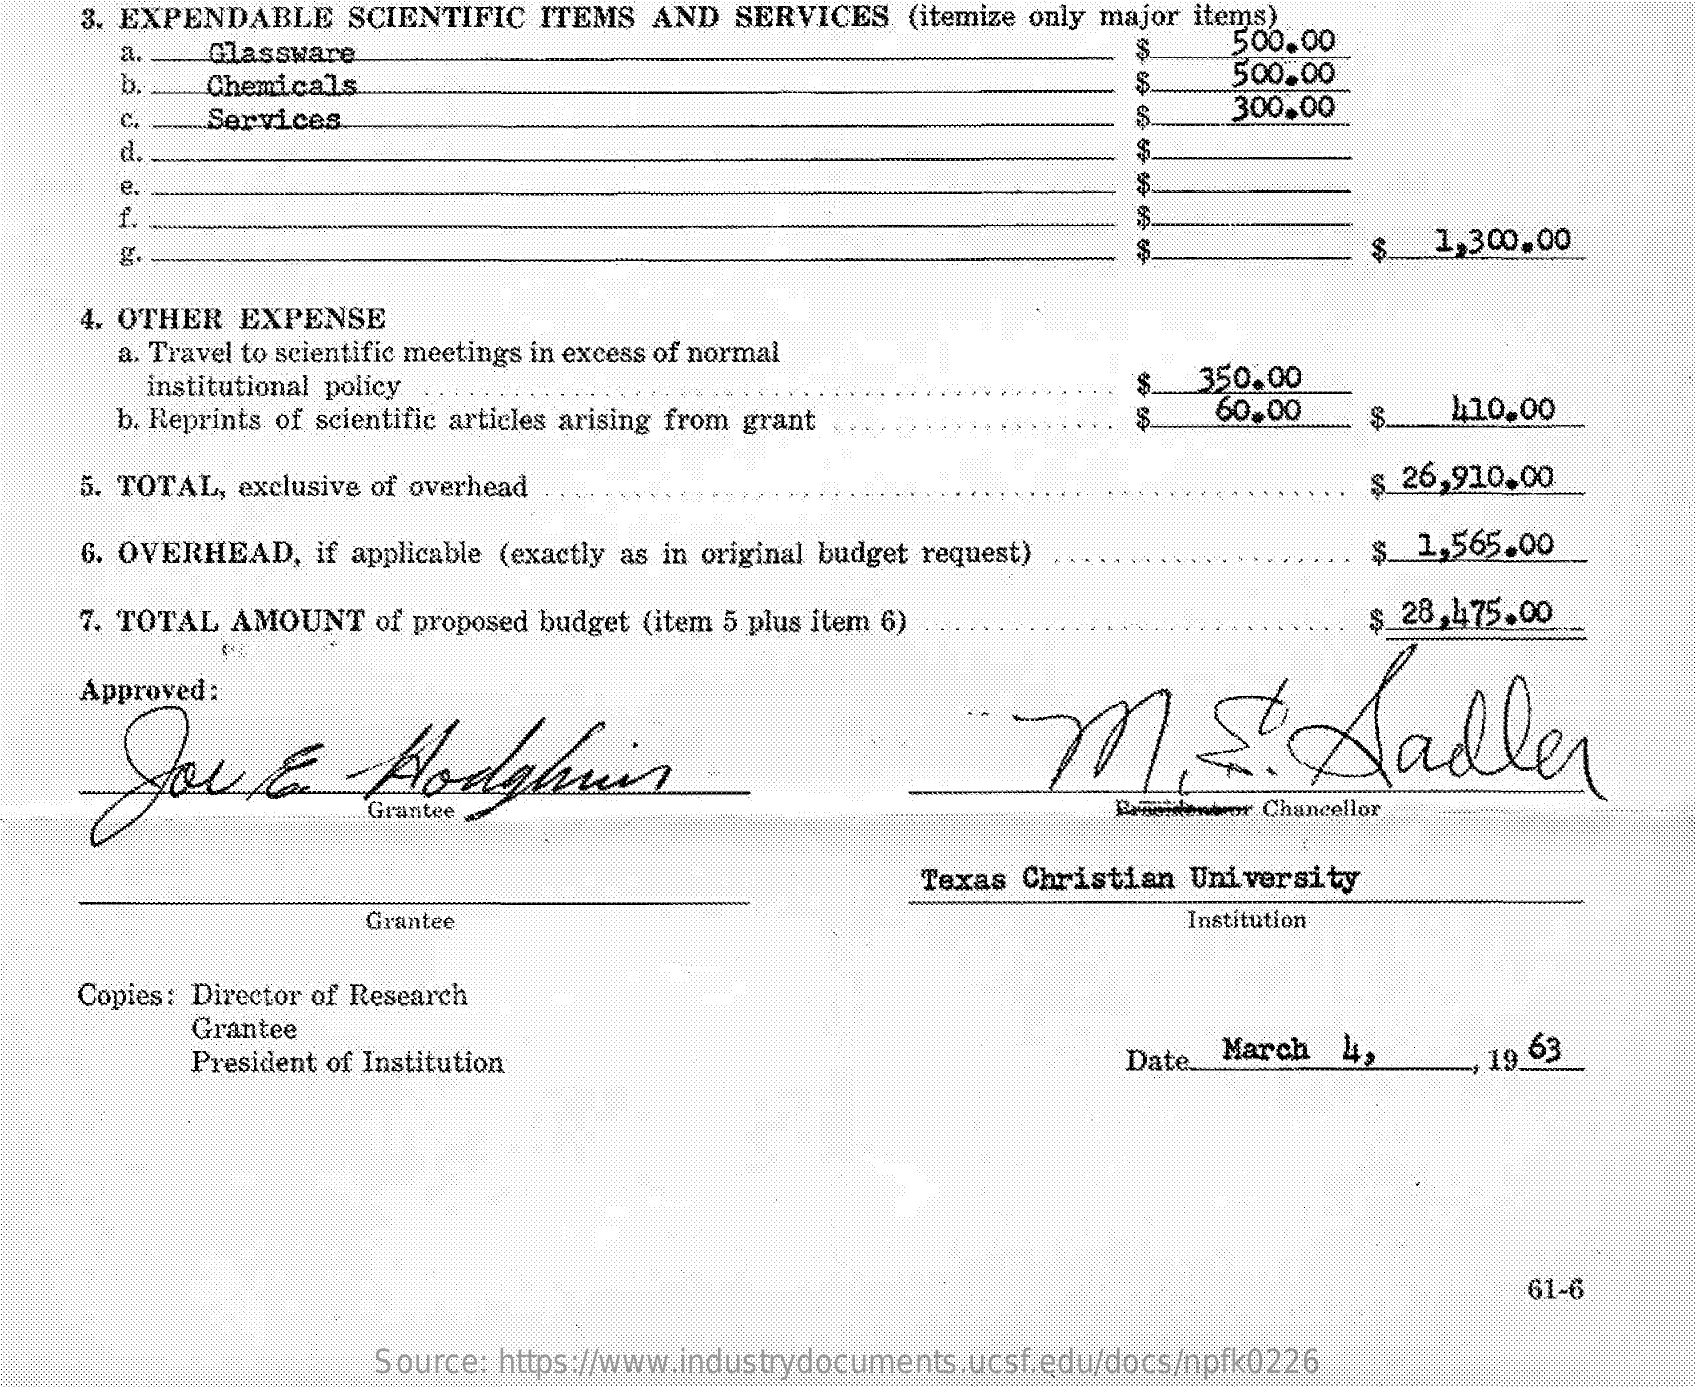
3. EXPENDABLE SCIENTIFIC ITEMS AND SERVICES (itemize only major items)
     a.  Glassware    $
     500.00
     b.  Chemicals    S.
     500.00
     C.  Services    300.00
     d.
     e
     f.
     g    $_ 1,300.00
    4. OTHER EXPENSE
     a. Travel to scientific meetings in excess of normal
     institutional policy    350.00
     b. Reprints of scientific articles arising from grant 60.00 $. 410.00
    5. TOTAL, exclusive of overhead    $ 26,910.00
    6. OVERHEAD, if applicable (exactly as in original budget request) $ 1,565.00
    7. TOTAL AMOUNT of proposed budget (item 5 plus item 6)  $ 28,475.00
    Approved:
     Lout    Hodghuis    M.E.Sadler
     Paneintewr Chancellor
     Texas Christian University
     Grantee    Institution
    Copies: Director of Research
     Grantee
     President of Institution    Date .... March 4, , 19 63
     61-6
     Source: https://www.industrydocuments.ucsf.edu/docs/npfk0226